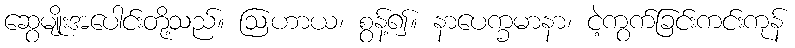
ဆွေမျိုးအပေါင်းတို့သည်။ ဩဟာယ၊ စွန့်၍။ နာပေက္ခမာနာ၊ ငဲ့ကွက်ခြင်းကင်းကုန်